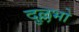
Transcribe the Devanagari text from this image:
दुल्लभो